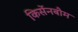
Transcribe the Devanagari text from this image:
किर्सेनबौम